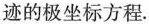
迹的极坐标方程.